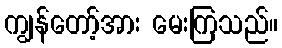
ကျွန်တော့်အား မေးကြသည်။